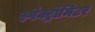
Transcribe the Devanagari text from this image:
स्पेक्ट्रॉमिटर